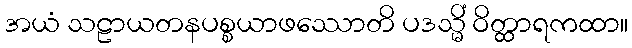
အယံ သဠာယတနပစ္စယာဖဿောတိ ပဒသ္မိံ ဝိတ္ထာရကထာ။